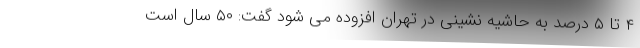
۴ تا ۵ درصد به حاشیه نشینی در تهران افزوده می شود گفت: ۵۰ سال است